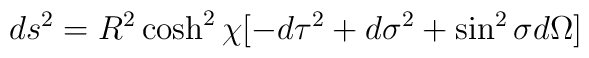
ds^2=R^2\cosh^2\chi[-d\tau^2+d\sigma^2+\sin^2\sigma d\Omega]